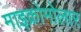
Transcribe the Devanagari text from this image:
माइक्रोमोलार